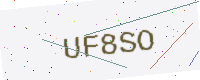
Text: UF8SO